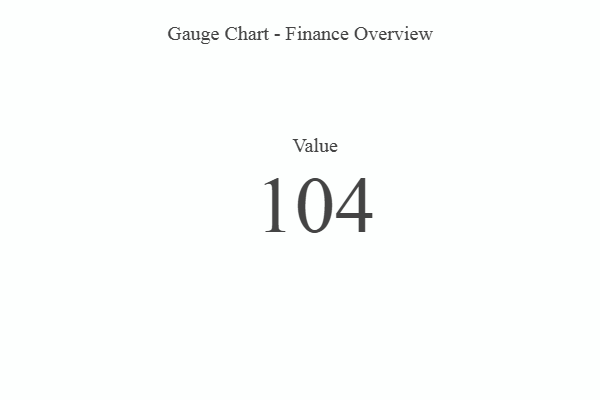
{"axis": {"x": "Metric", "y": "Value"}, "legend": [""], "data": [{"x": "Value", "y": 104, "type": ""}]}